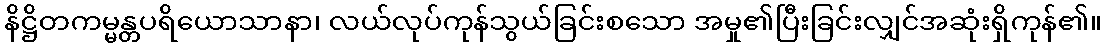
နိဋ္ဌိတကမ္မန္တပရိယောသာနာ၊ လယ်လုပ်ကုန်သွယ်ခြင်းစသော အမှု၏ပြီးခြင်းလျှင်အဆုံးရှိကုန်၏။